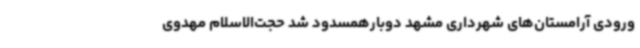
ورودی آرامستان‌های شهرداری مشهد دوبارهمسدود شد حجت‌الاسلام مهدوی